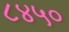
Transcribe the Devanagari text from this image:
८४५०